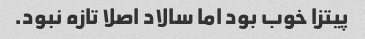
پیتزا خوب بود اما سالاد اصلا تازه نبود.